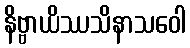
နိဗ္ဗာယိဿသိနာသဝေါ